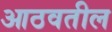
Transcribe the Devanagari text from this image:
आठवतील